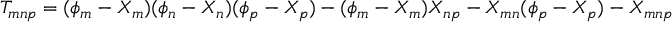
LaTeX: T _ { m n p } = ( \phi _ { m } - X _ { m } ) ( \phi _ { n } - X _ { n } ) ( \phi _ { p } - X _ { p } ) - ( \phi _ { m } - X _ { m } ) X _ { n p } - X _ { m n } ( \phi _ { p } - X _ { p } ) - X _ { m n p }